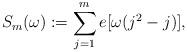
LaTeX: \begin{align*}S_m(\omega):=\sum_{j=1}^m e[\omega(j^2-j)],\end{align*}